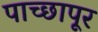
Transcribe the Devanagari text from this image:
पाच्छापूर